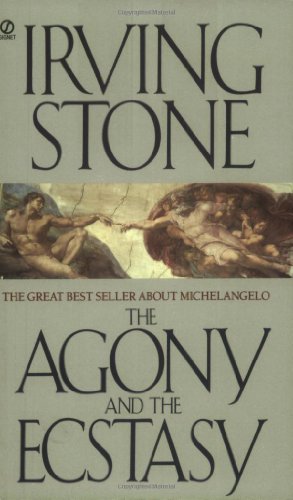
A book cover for The Agony and the Ecstasy: A Biographical Novel of Michelangelo; Irving Stone; Literature & Fiction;